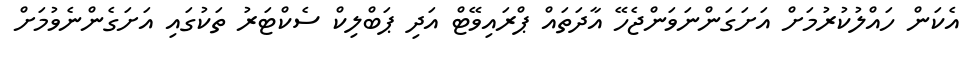
އެކަން ހައްލުކުރުމަށް އަށަގަންނަވަންޖެހޭ އާދަތައް ޕްރައިވޭޓް އަދި ޕަބްލިކް ސެކްޓަރު ތަކުގައި އަށަގެންނެވުމަށް